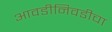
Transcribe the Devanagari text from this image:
आवडीनिवडीचा